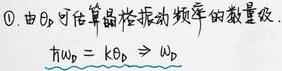
\textcircled{1}. 由$\theta_{D}$可估算晶格振动频率的数量级.
\[
\hbar\omega_{D}=k\theta_{D}\Rightarrow\omega_{D}
\]